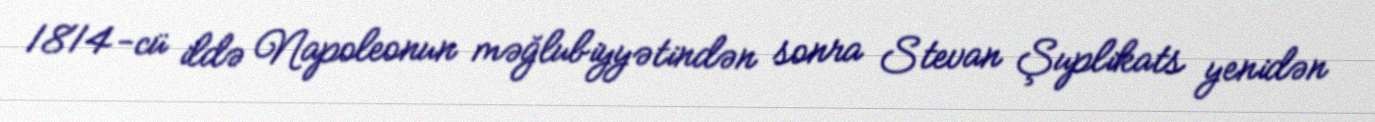
1814-cü ildə Napoleonun məğlubiyyətindən sonra Stevan Şuplikats yenidən